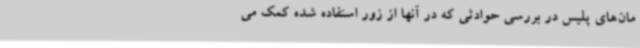
مان‌های پلیس در بررسی حوادثی که در آنها از زور استفاده شده کمک می